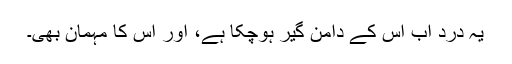
یہ درد اب اس کے دامن گیر ہوچکا ہے، اور اس کا مہمان بھی۔